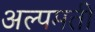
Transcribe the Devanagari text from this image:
अल्पमती